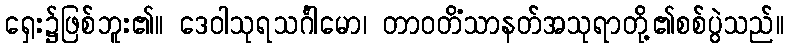
ရှေး၌ဖြစ်ဘူး၏။ ဒေဝါသုရသင်္ဂါမော၊ တာဝတိံသာနတ်အသုရာတို့၏စစ်ပွဲသည်။